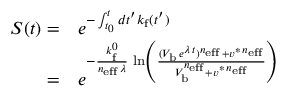
\begin{array} { r l } { S ( t ) = } & { { } e ^ { - \int _ { t _ { 0 } } ^ { t } d t ^ { \prime } k _ { \mathrm { f } } ( t ^ { \prime } ) } } \\ { = } & { { } e ^ { - \frac { k _ { \mathrm { f } } ^ { 0 } } { n _ { \mathrm { e f f } } \, \lambda } \, \ln \left( \frac { ( V _ { \mathrm { b } } \, e ^ { \lambda \, t } ) ^ { n _ { \mathrm { e f f } } } + v ^ { \ast \, n _ { \mathrm { e f f } } } } { V _ { \mathrm { b } } ^ { n _ { \mathrm { e f f } } } + v ^ { \ast \, n _ { \mathrm { e f f } } } } \right) } } \end{array}